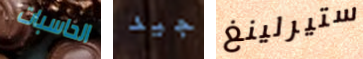
الحاسبات جيد ستيرلينغ